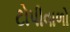
ટોપીવાળો